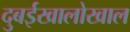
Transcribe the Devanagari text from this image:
दुबईखालोखाल